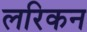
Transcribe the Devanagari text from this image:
लरिकन